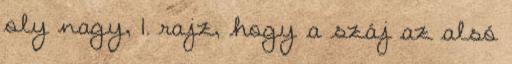
oly nagy, 1. rajz, hogy a száj az alsó